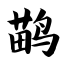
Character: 鹋